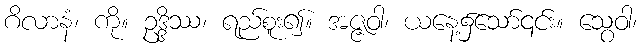
ဂိလာနံ၊ ကို။ ဥဒ္ဒိဿ၊ ရည်စူး၍။ အဇ္ဇဝါ၊ ယနေ့၌သော်၎င်း။ သွေဝါ၊